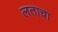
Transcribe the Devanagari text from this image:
लताचा